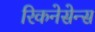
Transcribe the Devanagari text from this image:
रिकनेसेन्स